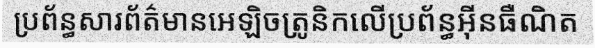
ប្រព័ន្ធសារព័ត៌មានអេឡិចត្រូនិកលើប្រព័ន្ធអ៊ីនធឺណិត